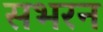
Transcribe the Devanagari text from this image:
सभरन